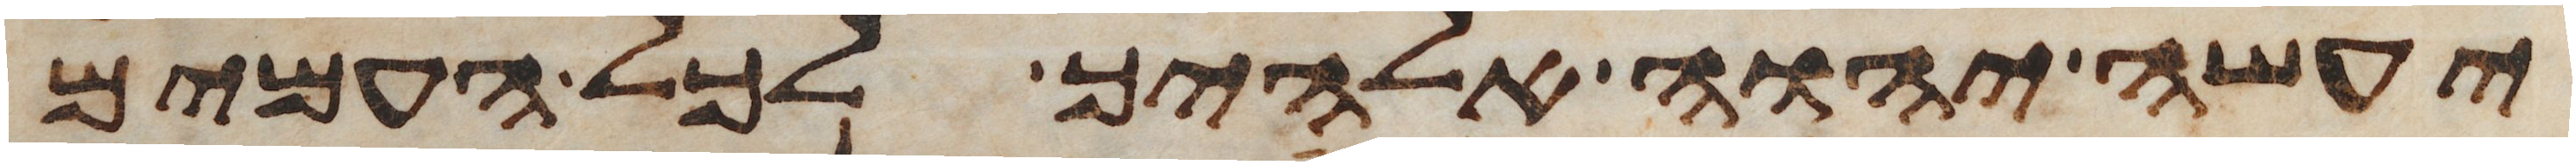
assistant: יעשה יהוה אלהיך לכל העמים